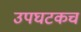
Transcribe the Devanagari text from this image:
उपघटकच